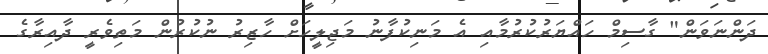
ދަންނަވަން" ގާސިމް ހައްޔަރުކުރުމާއި އެ މަނިކުފާނު މަޖިލީހަށް ހާޒިރު ނުކުރުން މަތިވެރީ ދާއިރާގެ